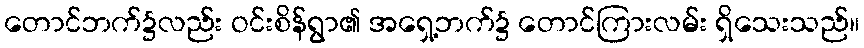
တောင်ဘက်၌လည်း ဝင်းစိန်ရွာ၏ အရှေ့ဘက်၌ တောင်ကြားလမ်း ရှိသေးသည်။